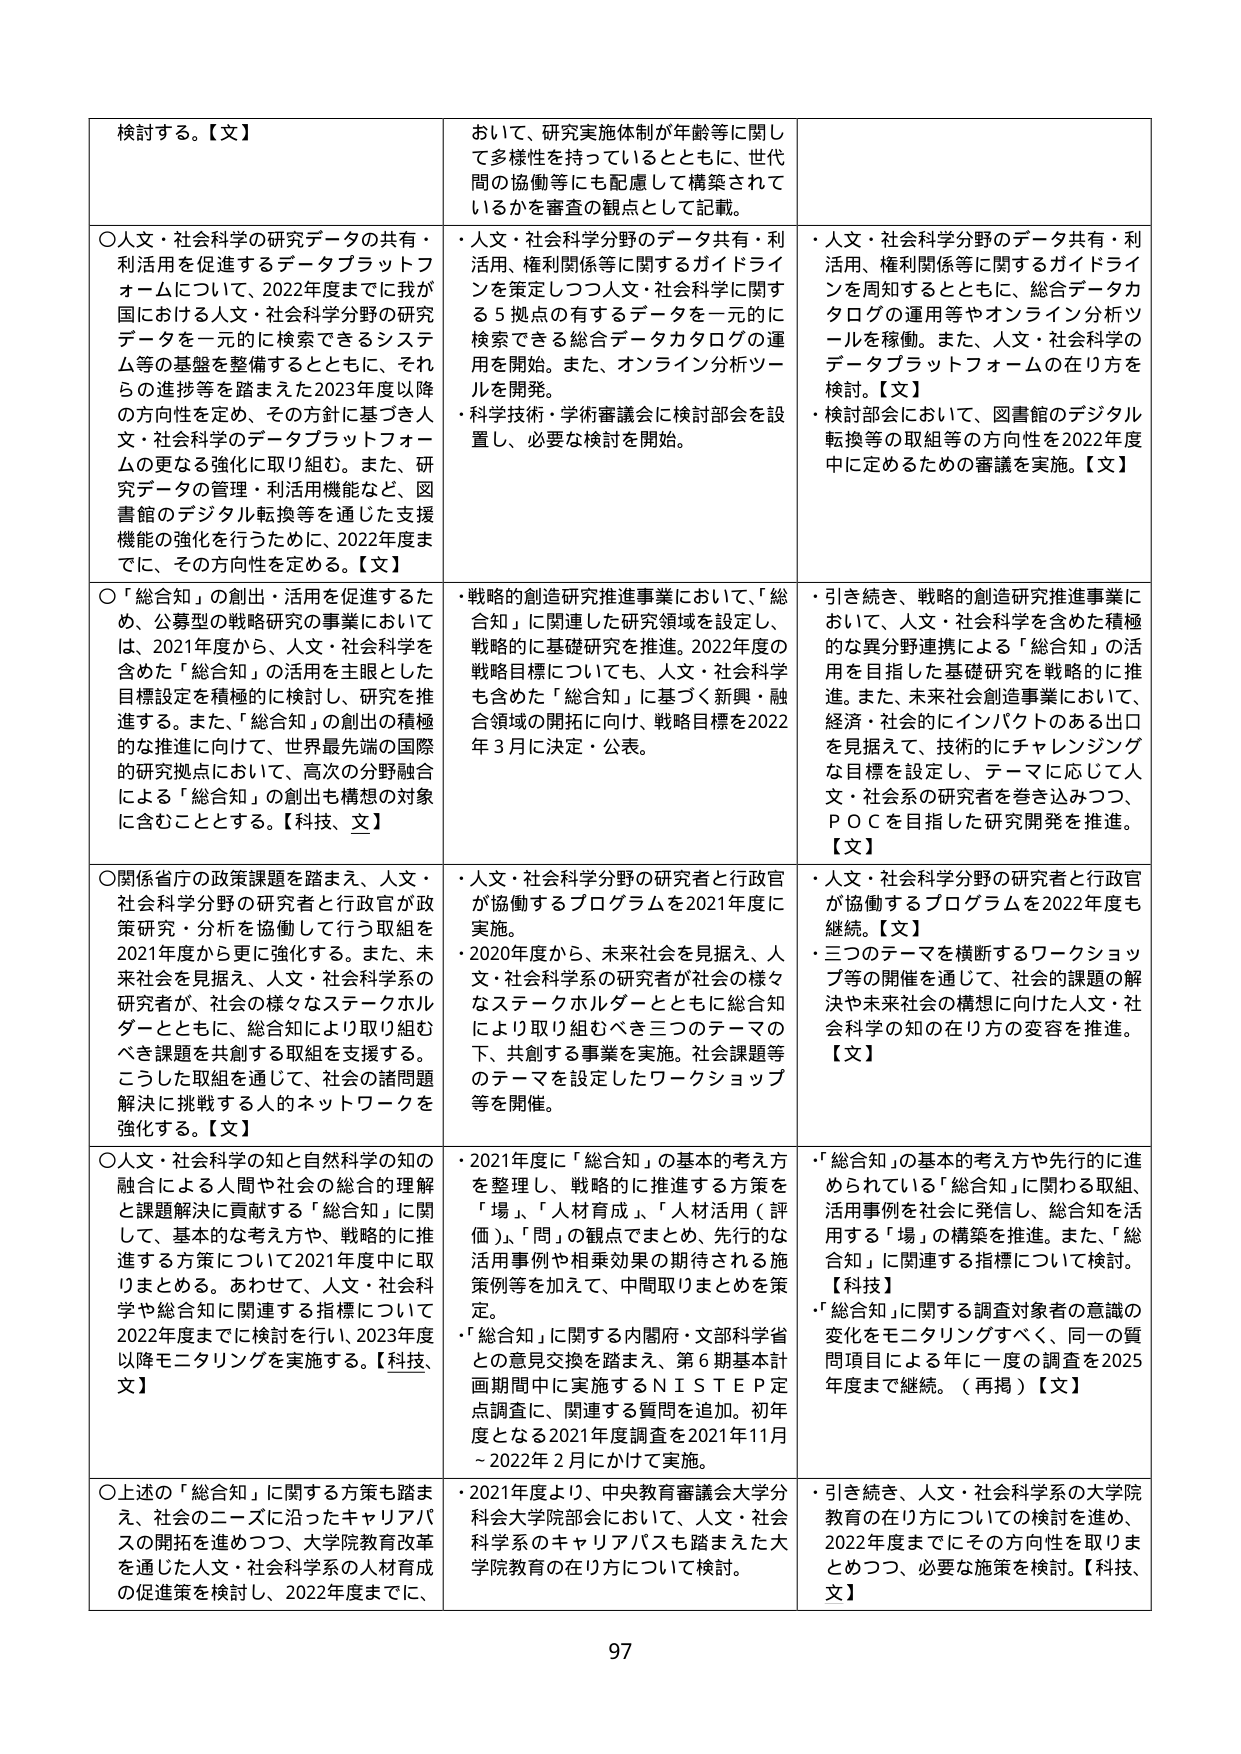
検討する。【文】

○人文・社会科学の研究データの共有・
利活用を促進するデータプラットフ
ォームについて、2022年度までに我が
国における人文・社会科学分野の研究
データを一元的に検索できるシステ
ム等の基盤を整備するとともに、それ
らの進捗等を踏まえた2023年度以降
の方向性を定め、その方針に基づき人
文・社会科学のデータプラットフォー
ムの更なる強化に取り組む。また、研
究データの管理・利活用機能など、図
書館のデジタル転換等を通じた支援
機能の強化を行うために、2022年度ま
でに、その方向性を定める。【文】

○「総合知」の創出・活用を促進するた
め、公募型の戦略研究の事業において
は、2021年度から、人文・社会科学を
含めた「総合知」の活用を主眼とした
目標設定を積極的に検討し、研究を推
進する。また、「総合知」の創出の積極
的な推進に向けて、世界最先端の国際
的研究拠点において、高次の分野融合
による「総合知」の創出も構想の対象
に含むこととする。【科技、文】

○関係省庁の政策課題を踏まえ、人文・
社会科学分野の研究者と行政官が政
策研究・分析を協働して行う取組を
2021年度から更に強化する。また、未
来社会を見据え、人文・社会科学系の
研究者が、社会の様々なステークホル
ダーとともに、総合知により取り組む
べき課題を共創する取組を支援する。
こうした取組を通じて、社会の諸問題
解決に挑戦する人的ネットワークを
強化する。【文】

○人文・社会科学の知と自然科学の知の
融合による人間や社会の総合的理解
と課題解決に貢献する「総合知」に関
して、基本的な考え方や、戦略的に推
進する方策について2021年度中に取
りまとめる。あわせて、人文・社会科学
や総合知に関連する指標について
2022年度までに検討を行い、2023年度
以降モニタリングを実施する。【科技、
文】

○上述の「総合知」に関する方策を踏ま
え、社会のニーズに沿ったキャリアパ
スの開拓を進めつつ、大学院教育改革
を通じた人文・社会科学系の人材育成
の促進策を検討し、2022年度までに、

おいて、研究実施体制が年齢等に関し
て多様性を持っているとともに、世代
間の協働等にも配慮して構築されて
いるかを審査の観点として記載。

・人文・社会科学分野のデータ共有・利
活用、権利関係等に関するガイドライ
ンを策定しつつ人文・社会科学に関す
る5拠点の有するデータを一元的に
検索できる総合データカタログの運
用を開始。また、オンライン分析ツー
ルを開発。
・科学技術・学術審議会に検討部会を設
置し、必要な検討を開始。

・戦略的創造研究推進事業において、「総
合知」に関連した研究領域を設定し、
戦略的に基礎研究を推進。2022年度の
戦略目標についても、人文・社会科学
も含めた「総合知」に基づく新興・融
合領域の開拓に向け、戦略目標を2022
年3月に決定・公表。

・人文・社会科学分野の研究者と行政官
が協働するプログラムを2021年度に
実施。
・2020年度から、未来社会を見据え、人
文・社会科学系の研究者が社会の様々
なステークホルダーとともに総合知
により取り組むべき三つのテーマの
下、共創する事業を実施。社会課題等
のテーマを設定したワークショップ
等を開催。

・2021年度に「総合知」の基本的考え方
を整理し、戦略的に推進する方策を
「場」、「人材育成」、「人材活用（整
備）」、「問」の観点でまとめ、先行的な
活用事例や相乗効果の期待される施
策例等を加えて、中間取りまとめを策
定。
・「総合知」に関する内閣府・文部科学省
との意見交換を踏まえ、第6期基本計
画期間中に実施するＮＩＳＴＥＰ定点
調査に、関連する質問を追加。初年
度となる2021年度調査を2021年11月
～2022年2月にかけて実施。

・2021年度より、中央教育審議会大学分
科会大学院部会において、人文・社会
科学系のキャリアパスも踏まえた大
学院教育の在り方について検討。

・人文・社会科学分野のデータ共有・利
活用、権利関係等に関するガイドライ
ンを周知するとともに、総合データカ
タログの運用等やオンライン分析ツ
ールを稼働。また、人文・社会科学の
データプラットフォームの在り方を
検討。【文】
・検討部会において、図書館のデジタル
転換等の取組等の方向性を2022年度
中に定めるための審議を実施。【文】

・引き続き、戦略的創造研究推進事業に
おいて、人文・社会科学を含めた積極
的な異分野連携による「総合知」の活
用を目指した基礎研究を戦略的に推
進。また、未来社会創造事業において、
経済・社会的にインパクトのある出口
を見据えて、技術的にチャレンジング
な目標を設定し、テーマに応じて人
文・社会系の研究者を巻き込みつつ、
ＰＯＣを目指した研究開発を推進。
【文】

・人文・社会科学分野の研究者と行政官
が協働するプログラムを2022年度も
継続。【文】
・三つのテーマを横断するワークショッ
プ等の開催を通じて、社会的課題の解
決や未来社会の構想に向けた人文・社
会科学の知の在り方の変容を推進。
【文】

・「総合知」の基本的考え方や先行的に進
められている「総合知」に関わる取組、
活用事例を社会に発信し、総合知を活
用する「場」の構築を推進。また、「総
合知」に関連する指標について検討。
【科技】
・「総合知」に関する調査対象者の意識の
変化をモニタリングすべく、同一の質
問項目による年に一度の調査を2025
年度まで継続。（再掲）【文】

・引き続き、人文・社会科学系の大学院
教育の在り方についての検討を進め、
2022年度までにその方向性を取りま
とめつつ、必要な施策を検討。【科技、
文】

97